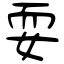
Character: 耍